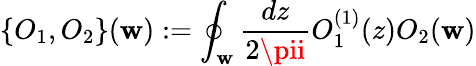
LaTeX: \{ O_{1},O_{2}\} (\mathbf{w}):=\oint_{\mathbf{w}}\frac{{dz}}{{2\pii}}O_{1}^{(1)}(z)O_{2}(\mathbf{w})